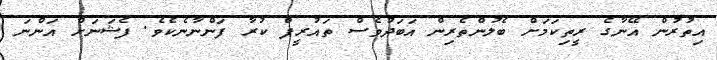
އިތުރުން އޭނާގެ ރީތިކަމަށް ބެލުންތެރިން އަބަދުވެސް ތައުރީފް ކުރާ ފަންނާނެކެވެ. ފެޝަނަށް އަންނަ